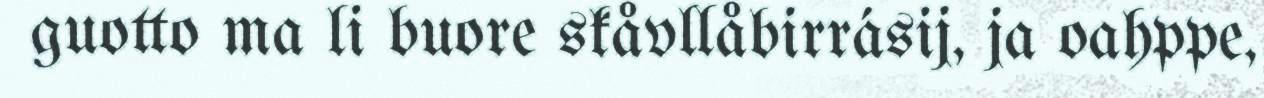
guotto ma li buore skåvllåbirrásij, ja oahppe,